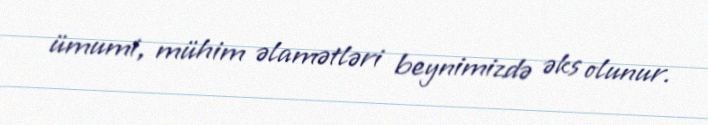
ümumi, mühim əlamətləri beynimizdə əks olunur.